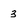
Character: 3